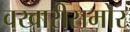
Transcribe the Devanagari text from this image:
वखारीसमोर